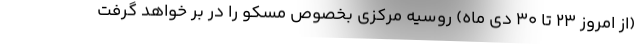
(از امروز ۲۳ تا ۳۰ دی ماه) روسیه مرکزی بخصوص مسکو را در بر خواهد گرفت